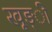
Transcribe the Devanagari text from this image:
खूङ्ी